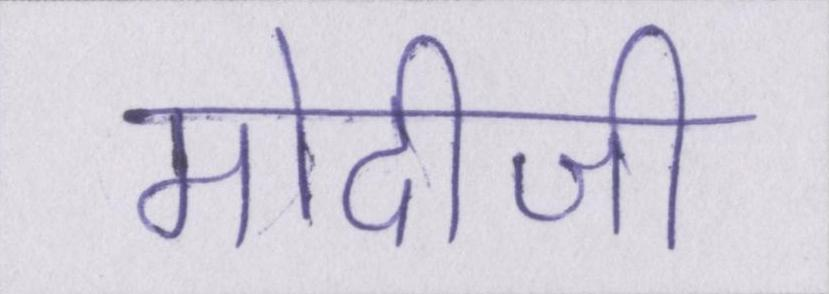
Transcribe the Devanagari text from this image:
मोदीजी